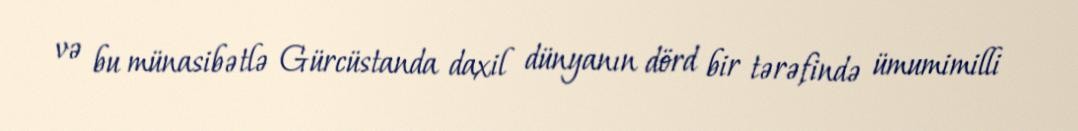
və bu münasibətlə Gürcüstanda daxil dünyanın dörd bir tərəfində ümumimilli